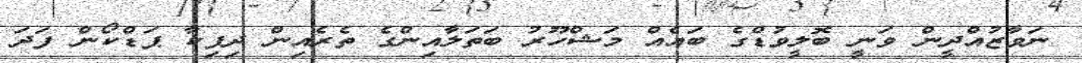
ނަވާޒުއްދީން ވަނީ ބޮލީވުޑްގެ ބައެއް މަޝްހޫރު ބަތަލާއިންގެ ތެރެއިން ދިޕިކާ ޕަޑްކޯން ފަދަ